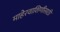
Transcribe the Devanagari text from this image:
माहेरवाशिणीसाठी